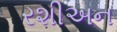
રશીઅન